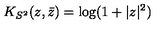
K _ { S ^ { 2 } } ( z , \bar { z } ) = \mathrm { l o g } ( 1 + | z | ^ { 2 } )